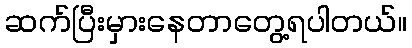
ဆက်ပြီးမှားနေတာတွေ့ရပါတယ်။